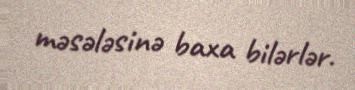
məsələsinə baxa bilərlər.